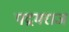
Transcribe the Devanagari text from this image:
पद्रमराज